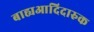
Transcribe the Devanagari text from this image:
बाह्यआदिदारुक